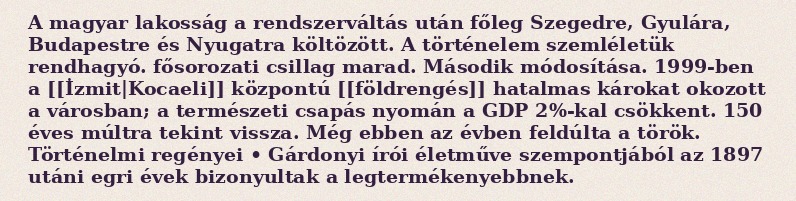
A magyar lakosság a rendszerváltás után főleg Szegedre, Gyulára, Budapestre és Nyugatra költözött. A történelem szemléletük rendhagyó. fősorozati csillag marad. Második módosítása. 1999-ben a [[İzmit|Kocaeli]] központú [[földrengés]] hatalmas károkat okozott a városban; a természeti csapás nyomán a GDP 2%-kal csökkent. 150 éves múltra tekint vissza. Még ebben az évben feldúlta a török. Történelmi regényei • Gárdonyi írói életműve szempontjából az 1897 utáni egri évek bizonyultak a legtermékenyebbnek.